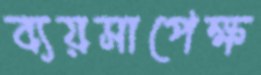
ব্যয়সাপেক্ষ